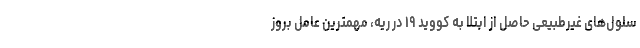
سلول‌های غیرطبیعی حاصل از ابتلا به کووید ۱۹ در ریه، مهمترین عامل بروز